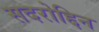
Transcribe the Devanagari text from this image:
सदरोद्दिन